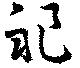
祀